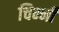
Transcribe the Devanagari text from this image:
चिन्नी